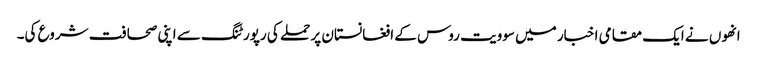
انھوں نے ایک مقامی اخبار میں سوویت روس کے افغانستان پر حملے کی رپورٹنگ سے اپنی صحافت شروع کی۔